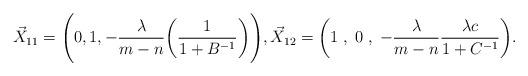
LaTeX: \begin{align*} \vec{X}_{11} &= \Bigg( 0, 1, - \frac{\lambda}{m-n} \bigg(\frac{1}{1+ B^{-1}} \bigg)\Bigg), \vec{X}_{12} = \bigg( 1\;,\;0\;,\; -\frac{\lambda}{m-n} \frac{\lambda c}{1+C^{-1}}\bigg). \end{align*}